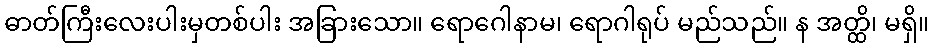
ဓာတ်ကြီးလေးပါးမှတစ်ပါး အခြားသော။ ရောဂေါနာမ၊ ရောဂါရုပ် မည်သည်။ န အတ္ထိ၊ မရှိ။